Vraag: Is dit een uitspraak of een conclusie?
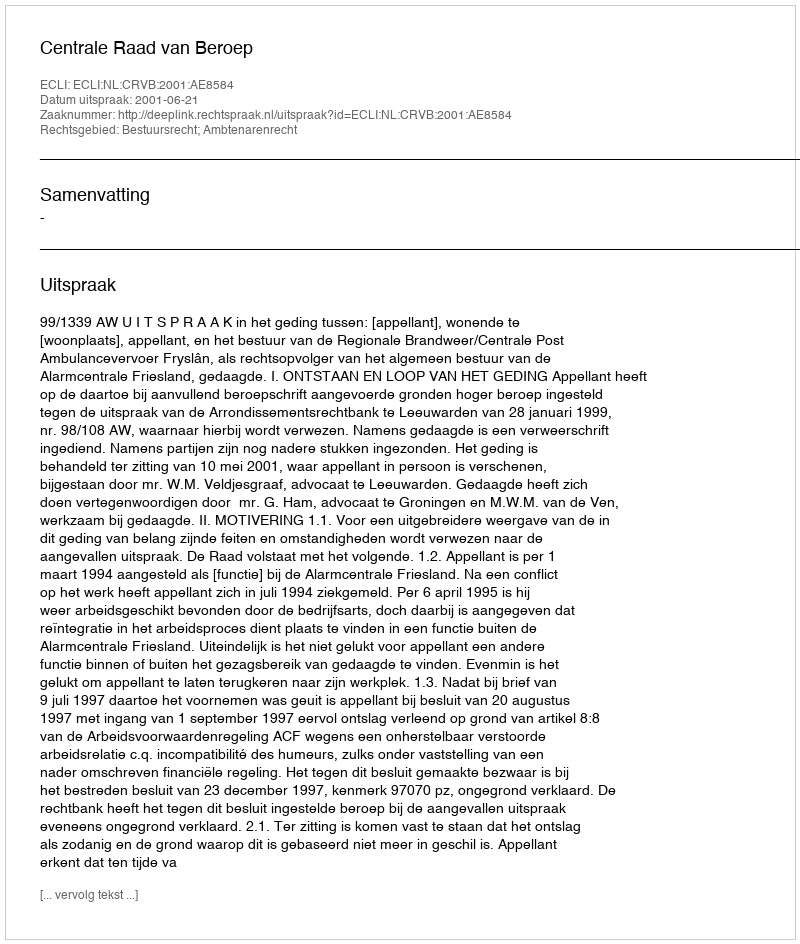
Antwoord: Uitspraak